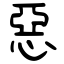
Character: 惡